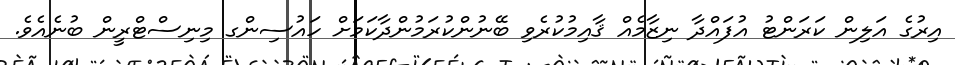
އިރުގެ އަލިން ކަރަންޓު އުފައްދާ ނިޒާމެއް ޤާއިމުކުރެވި ބޭނުންކުރަމުންދާކަމަށް ހައުސިންގ މިނިސްޓްރީން ބުނެއެވެ.